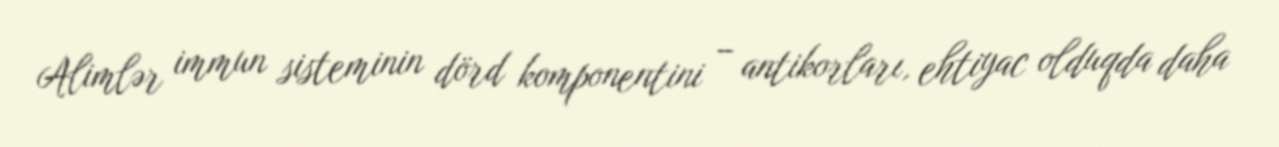
Alimlər immun sisteminin dörd komponentini – antikorları, ehtiyac olduqda daha